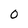
Character: 0